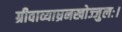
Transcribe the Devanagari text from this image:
ग्रीवाव्याघ्रनखोज्जुलः।